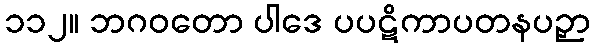
၁၁၂။ ဘဂဝတော ပါဒေ ပပဋိကာပတနပဉှာ